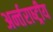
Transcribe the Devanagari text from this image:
अर्न्‍तराष्‍ट्रीय